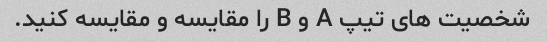
شخصیت های تیپ A و B را مقایسه و مقایسه کنید.